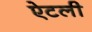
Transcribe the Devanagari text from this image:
ऐटली